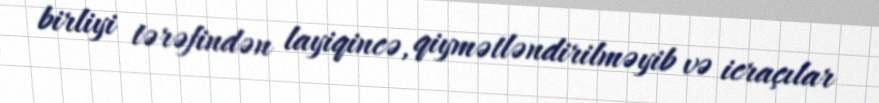
birliyi tərəfindən layiqincə, qiymətləndirilməyib və icraçılar